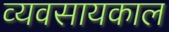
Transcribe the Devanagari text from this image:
व्यवसायकाल